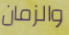
والزمان